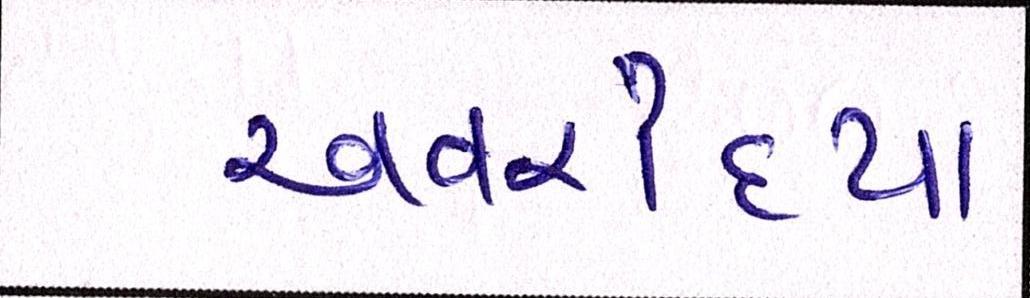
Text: અવરોધ્યા